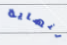
لنهاية